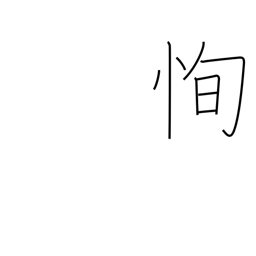
Meaning: blinking